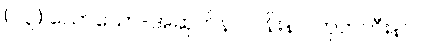
(၂၃) သောသော-အဆုတ်နာ၊ ပန်းနာ၊ ကုတ်ဟီးနာ။